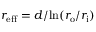
r _ { \mathrm { e f f } } = d / \! \ln ( r _ { \mathrm { o } } / r _ { \mathrm { i } } )